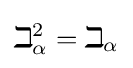
\beth _{\alpha }^{2}=\beth _{\alpha }